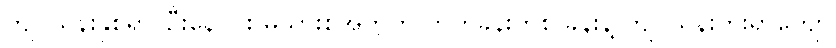
ကျပ်သိန်းနှစ်ရာ၊ ဦးနေဝင်း မိသားစုအတွက် တိုက်ခန်းတစ် ခန်းနဲ့ ကျပ်သိန်းကိုးရာကျော်